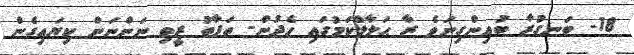
18- ބަނގުރާ ބުއިންގިނަވެ ރާ ޙަލާލްކަމުގައި ހެދުން- ތަފާތު ރީތި ނަންނަން ކިޔައިގެން